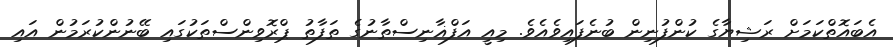
އެބައޮތްކަމަށް ރަޝިޔާގެ ކުންފުނިން ބުނެފައިވެއެވެ. މިއީ އަފްޣާނިސްތާނުގެ ތަފާތު ޕްރޮވިންސްތަކުގައި ބޭނުންކުރަމުން އައި